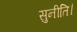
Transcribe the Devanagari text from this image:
सुनीति।